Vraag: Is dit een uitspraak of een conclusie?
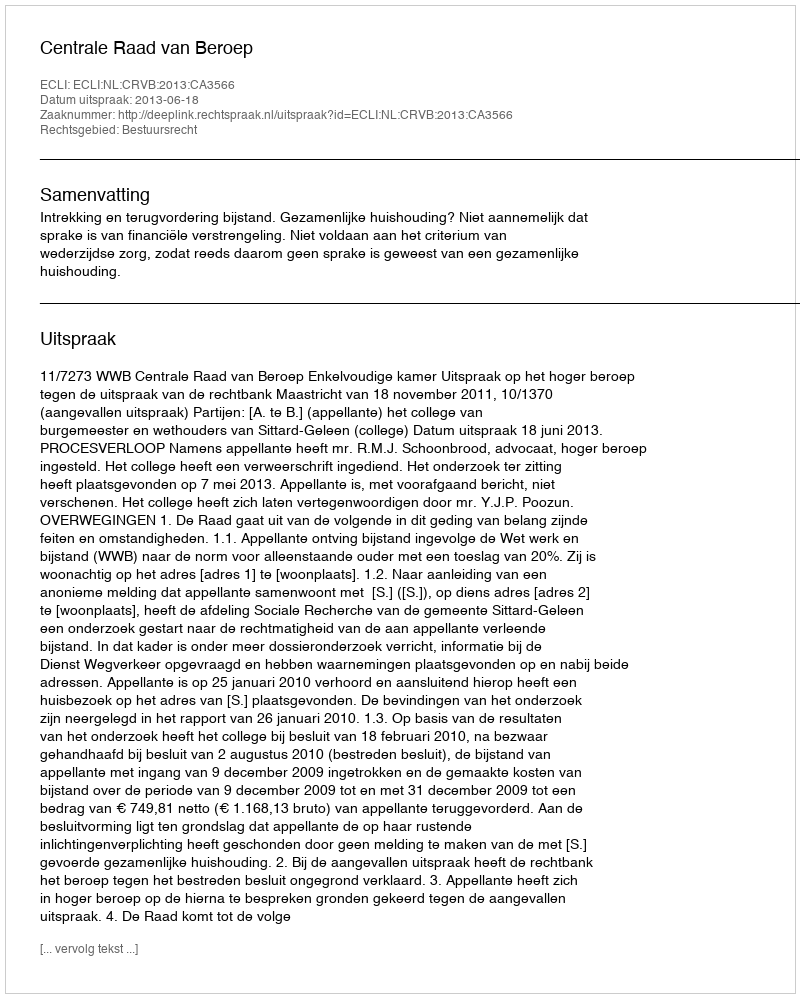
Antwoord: Uitspraak